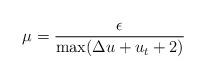
LaTeX: \begin{align*}\mu=\frac \epsilon{\max (\Delta u+u_t+2)}\end{align*}